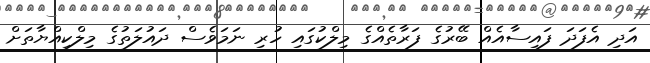
އަދި އެފަދަ ފައިސާއެއް ބޭރުގެ ފަރާތެއްގެ މިލްކުގައި ހުރި ނަމަވެސް ދައުލަތުގެ މިލްކިއްޔާތަށް